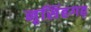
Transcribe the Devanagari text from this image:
नृसिंहगढ़